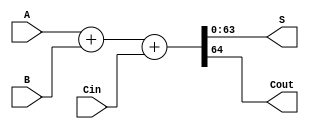
module adder_64(A, B, Cin, S, Cout);
	input [63:0] A, B;
	input Cin;
	output [63:0] S;
	output Cout;
	
	assign {Cout, S} = A + B + Cin;
endmodule